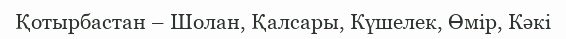
Қотырбастан – Шолан, Қалсары, Күшелек, Өмір, Кәкі